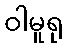
ဝါမူရု